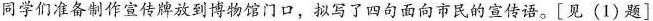
同学们准备制作宣传牌放到博物馆门口，拟写了四句面向市民的宣传语。[见(1)题]